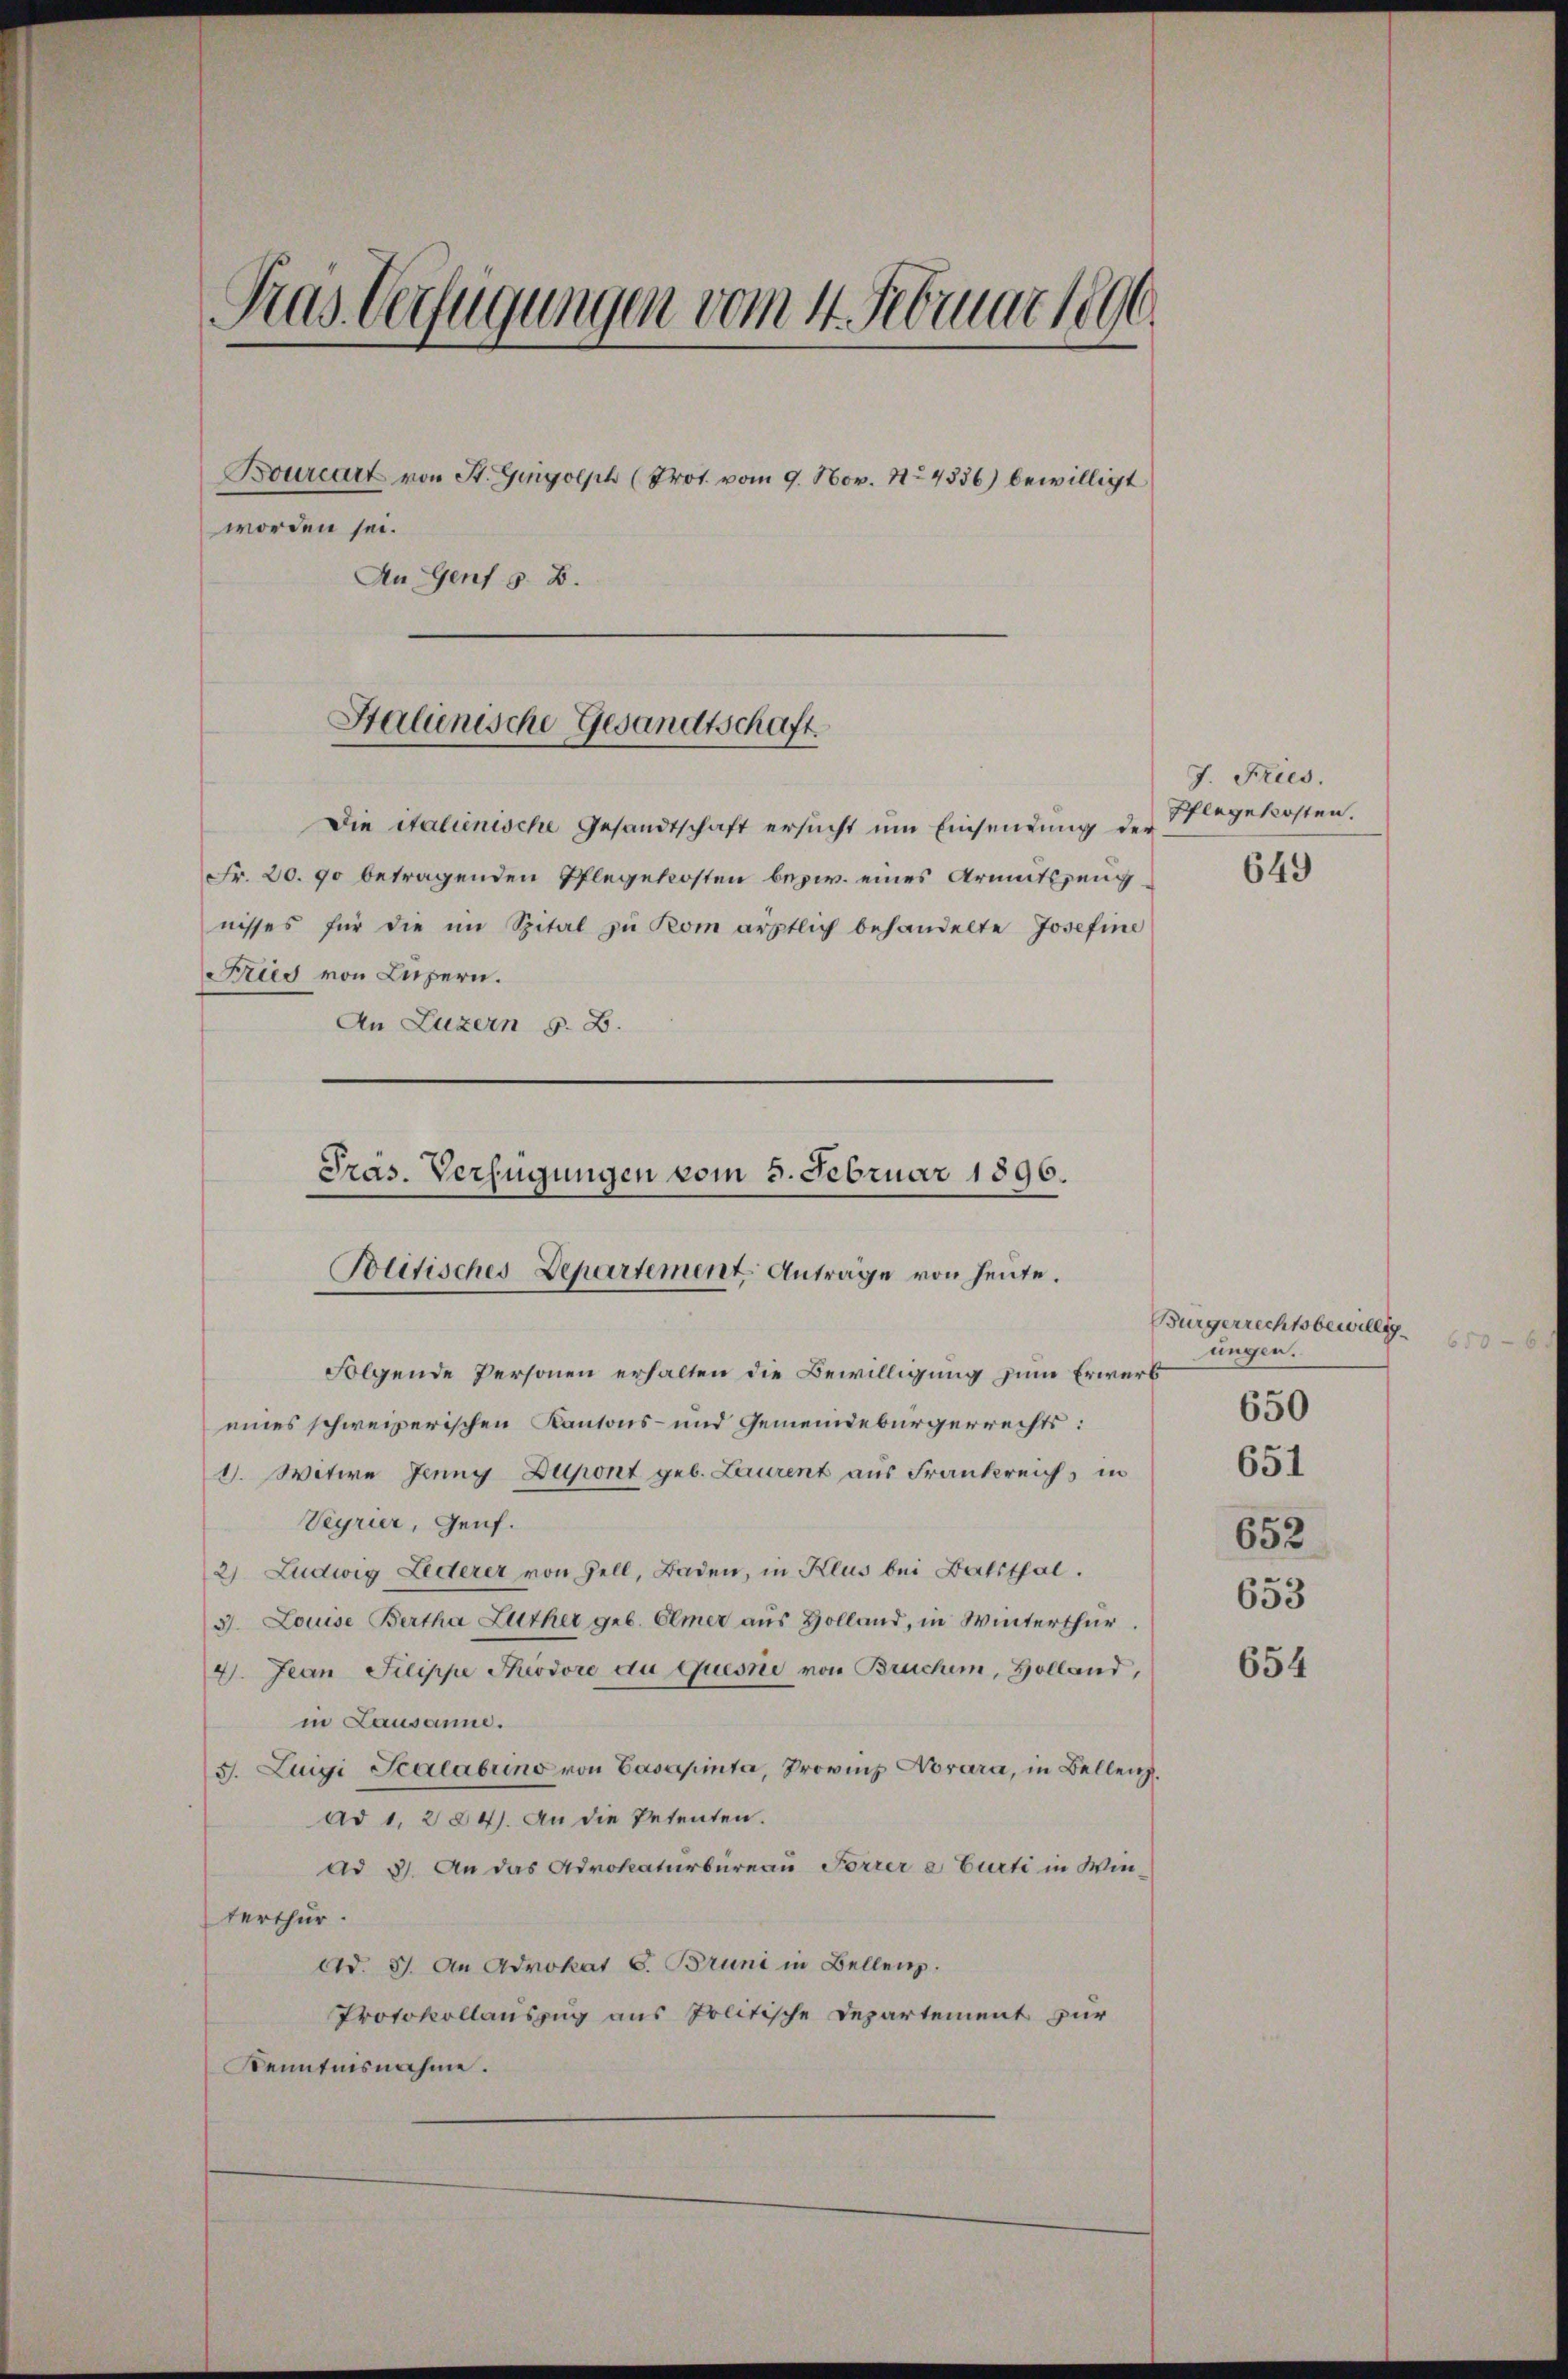
Pras Verfügungen vom 4. Februar 1890.
Bourcart von St. Gingolph (Prot. vom 9. Nov. 14536) bewilligt
worden sei.
An Genf z. B.
Htalienische Gesandtschaft.

Die italienische Gesandtschaft ersucht um Einsendung der Pflegekosten.
Fr. 20. 90 betragenden Pflegekosten bezw. eines Armutszeug¬
Krug von Luzern.
An Luzern S. B.

nisses für die im Spital zu kom ärztlich behandelte Josefine

Präs. Verfügungen vom 5. Februar 1896.
Politisches Departement Anträge von heute.

Folgende Personen erhalten die Bewilligung zum Erwerb
eines schweizerischen Kantons- und Gemeindebürgerrechts:
1. Witwe Jenny Dupont geb. Laurent aus Frankreich, in
Veyrier, Genf.
2) Ludwig Lederer von Zell, Baden, in Klus bei Batthal.
3. Louise Bertha Zuther geb. Elmer aus Holland, in Winterthur
4. Jean Pilippe Theodore du quesnie von Bruchen, Holland,
in Lausanne.
3. Luigi Scalabrino von Casupinta, Provinz Novara, in Bellenz,
ad 1, 224). An die Petenten.
ad 3. An das Advokaturbureau Forrere Curti in Win-
terthur.
Ad. 31. An Advokat 6. Bruni in Bellenz.
Protokollauszug aus Politische Departement zur
Kenntnisnahme.

J. Fries.
649

Bürgerrechtsbewillig
65
Jungen.
650

651

652
653

654